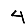
Digit: 4